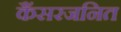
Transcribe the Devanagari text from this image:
कैंसरजनित